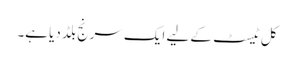
کل ٹیسٹ کے لیے ایک سرنج بلڈ دیا ہے۔